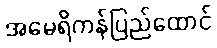
အမေရိကန်ပြည်ထောင်